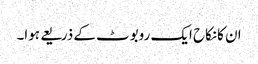
ان کانکاح ایک روبوٹ کے ذریعے ہوا۔